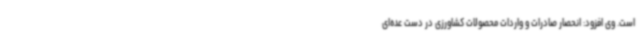
است. وی افزود: انحصار صادرات و واردات محصولات کشاورزی در دست عده‌ای